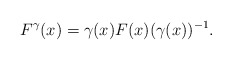
\begin{align*}F^\gamma(x)=\gamma(x) F(x)(\gamma(x))^{-1}.\end{align*}